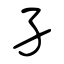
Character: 孑